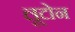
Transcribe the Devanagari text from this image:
लूटोन